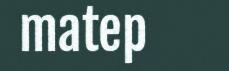
matep